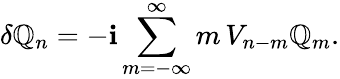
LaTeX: \delta\mathbb{Q}_{n}=-\mathbf{i}\sum_{m=-\infty}^{\infty}m\, V_{n-m}\mathbb{Q}_{m}.